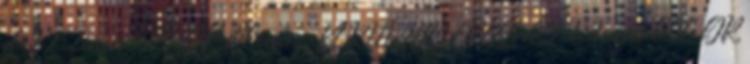
d:22,2mm 650 GR 810mm. KORMÁNY CROSS d:22,2mm 650 GR